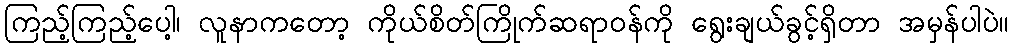
ကြည့်ကြည့်ပေါ့၊ လူနာကတော့ ကိုယ်စိတ်ကြိုက်ဆရာဝန်ကို ရွေးချယ်ခွင့်ရှိတာ အမှန်ပါပဲ။